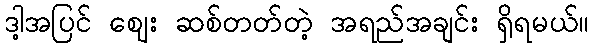
ဒါ့အပြင် ဈေး ဆစ်တတ်တဲ့ အရည်အချင်း ရှိရမယ်။